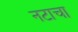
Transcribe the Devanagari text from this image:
नटाचा